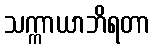
သက္ကာယာဘိရတာ